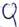
Text: Q